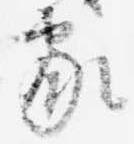
家